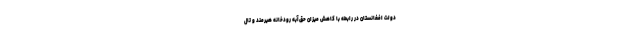
دولت افغانستان در رابطه با کاهش میزان حق‌آبه رودخانه هیرمند و تال